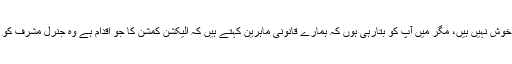
تو ہم اس اعلان سے خوش نہیں ہیں، مگر میں آپ کو بتارہی ہوں کہ ہمارے قانونی ماہرین کہتے ہیں کہ الیکشن کمشن کا جو اقدام ہے وہ جنرل مشرف کو تحفظ نہیں دے سکتا۔